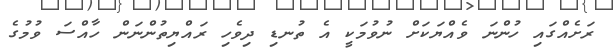
ރަށެއްގައި ހުންނަ ވެއްޔަކަށް ނުވުމަކީ އެ ތުނޑި ދިވެހި ރައްޔިތުންނަން ހާއްސަ ވުމުގެ